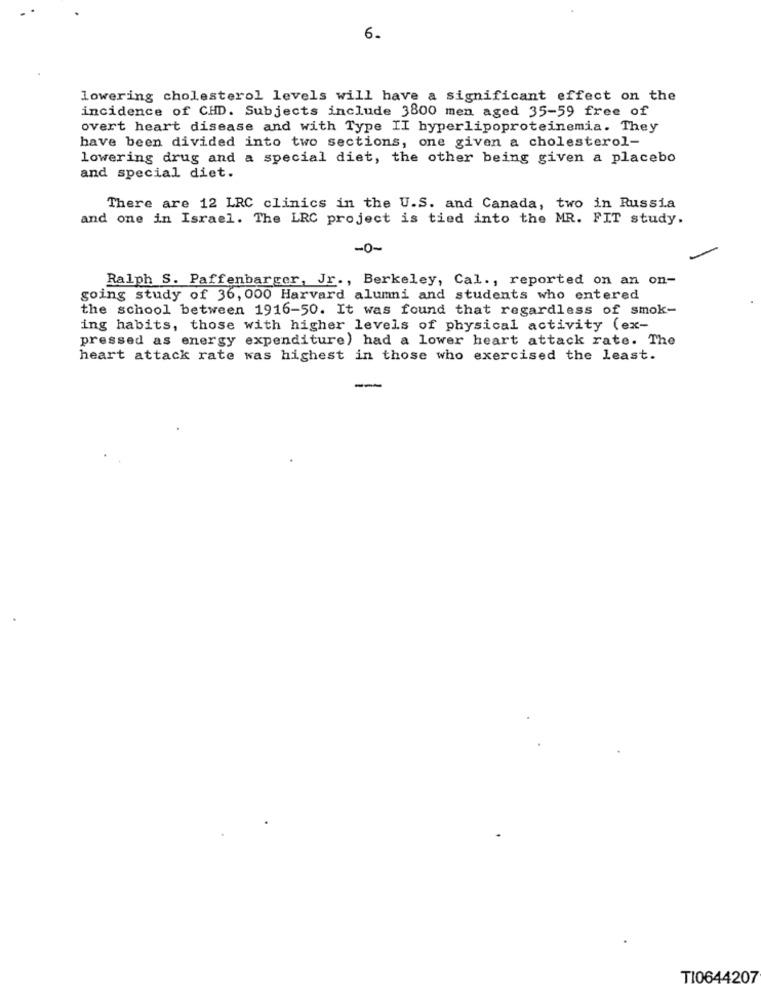
6.
lowering cholesterol levels will have a significant effect on the
incidence of CHD. Subjects include 3800 men aged 35-59 free of
overt heart disease and with Type II hyperlipoproteinemia. They
have been divided into two sections, one given a cholesterol-
lowering drug and a special diet, the other being given a placebo
and special diet.
There are 12 LRC clinics in the U.S. and Canada, two in Russia
and one in Israel. The LRC project is tied into the MR. FIT study.
-0-
Ralph S. Paffenbarger, Jr ., Berkeley, Cal ., reported on an on-
going study of 36, 000 Harvard alumni and students who entered
the school between 1916-50. It was found that regardless of smok-
ing habits, those with higher levels of physical activity (ex-
pressed as energy expenditure) had a lower heart attack rate. The
heart attack rate was highest in those who exercised the least.
TI0644207